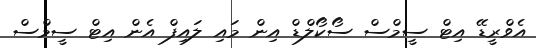
އެވްރީޑޭ އިޓް ސީމްސް ސޯކޯލްޑް އިން މައި ލައިފް އެން އިޓް ސީމްސް